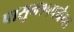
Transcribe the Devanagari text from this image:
पासुन१५पर्यन्त